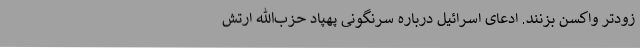
زودتر واکسن بزنند. ادعای اسرائیل درباره سرنگونی پهپاد حزب‌الله ارتش